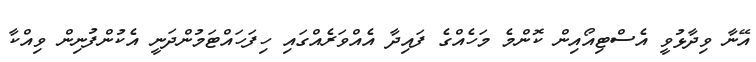
އޭނާ ވިދާޅުވީ އެސްޓިއޯއިން ކޮންމެ މަހެއްގެ ފައިދާ އެއްވަރެއްގައި ހިފަހައްޓަމުންދަނީ އެކުންފުނިން ވިއްކާ